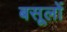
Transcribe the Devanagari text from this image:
बसूलों